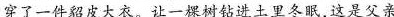
穿了一件貂皮大衣。让一棵树钻进土里冬眠，这是父亲